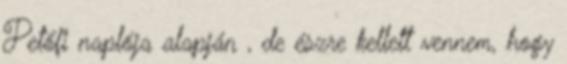
Petőfi naplója alapján , de észre kellett vennem, hogy